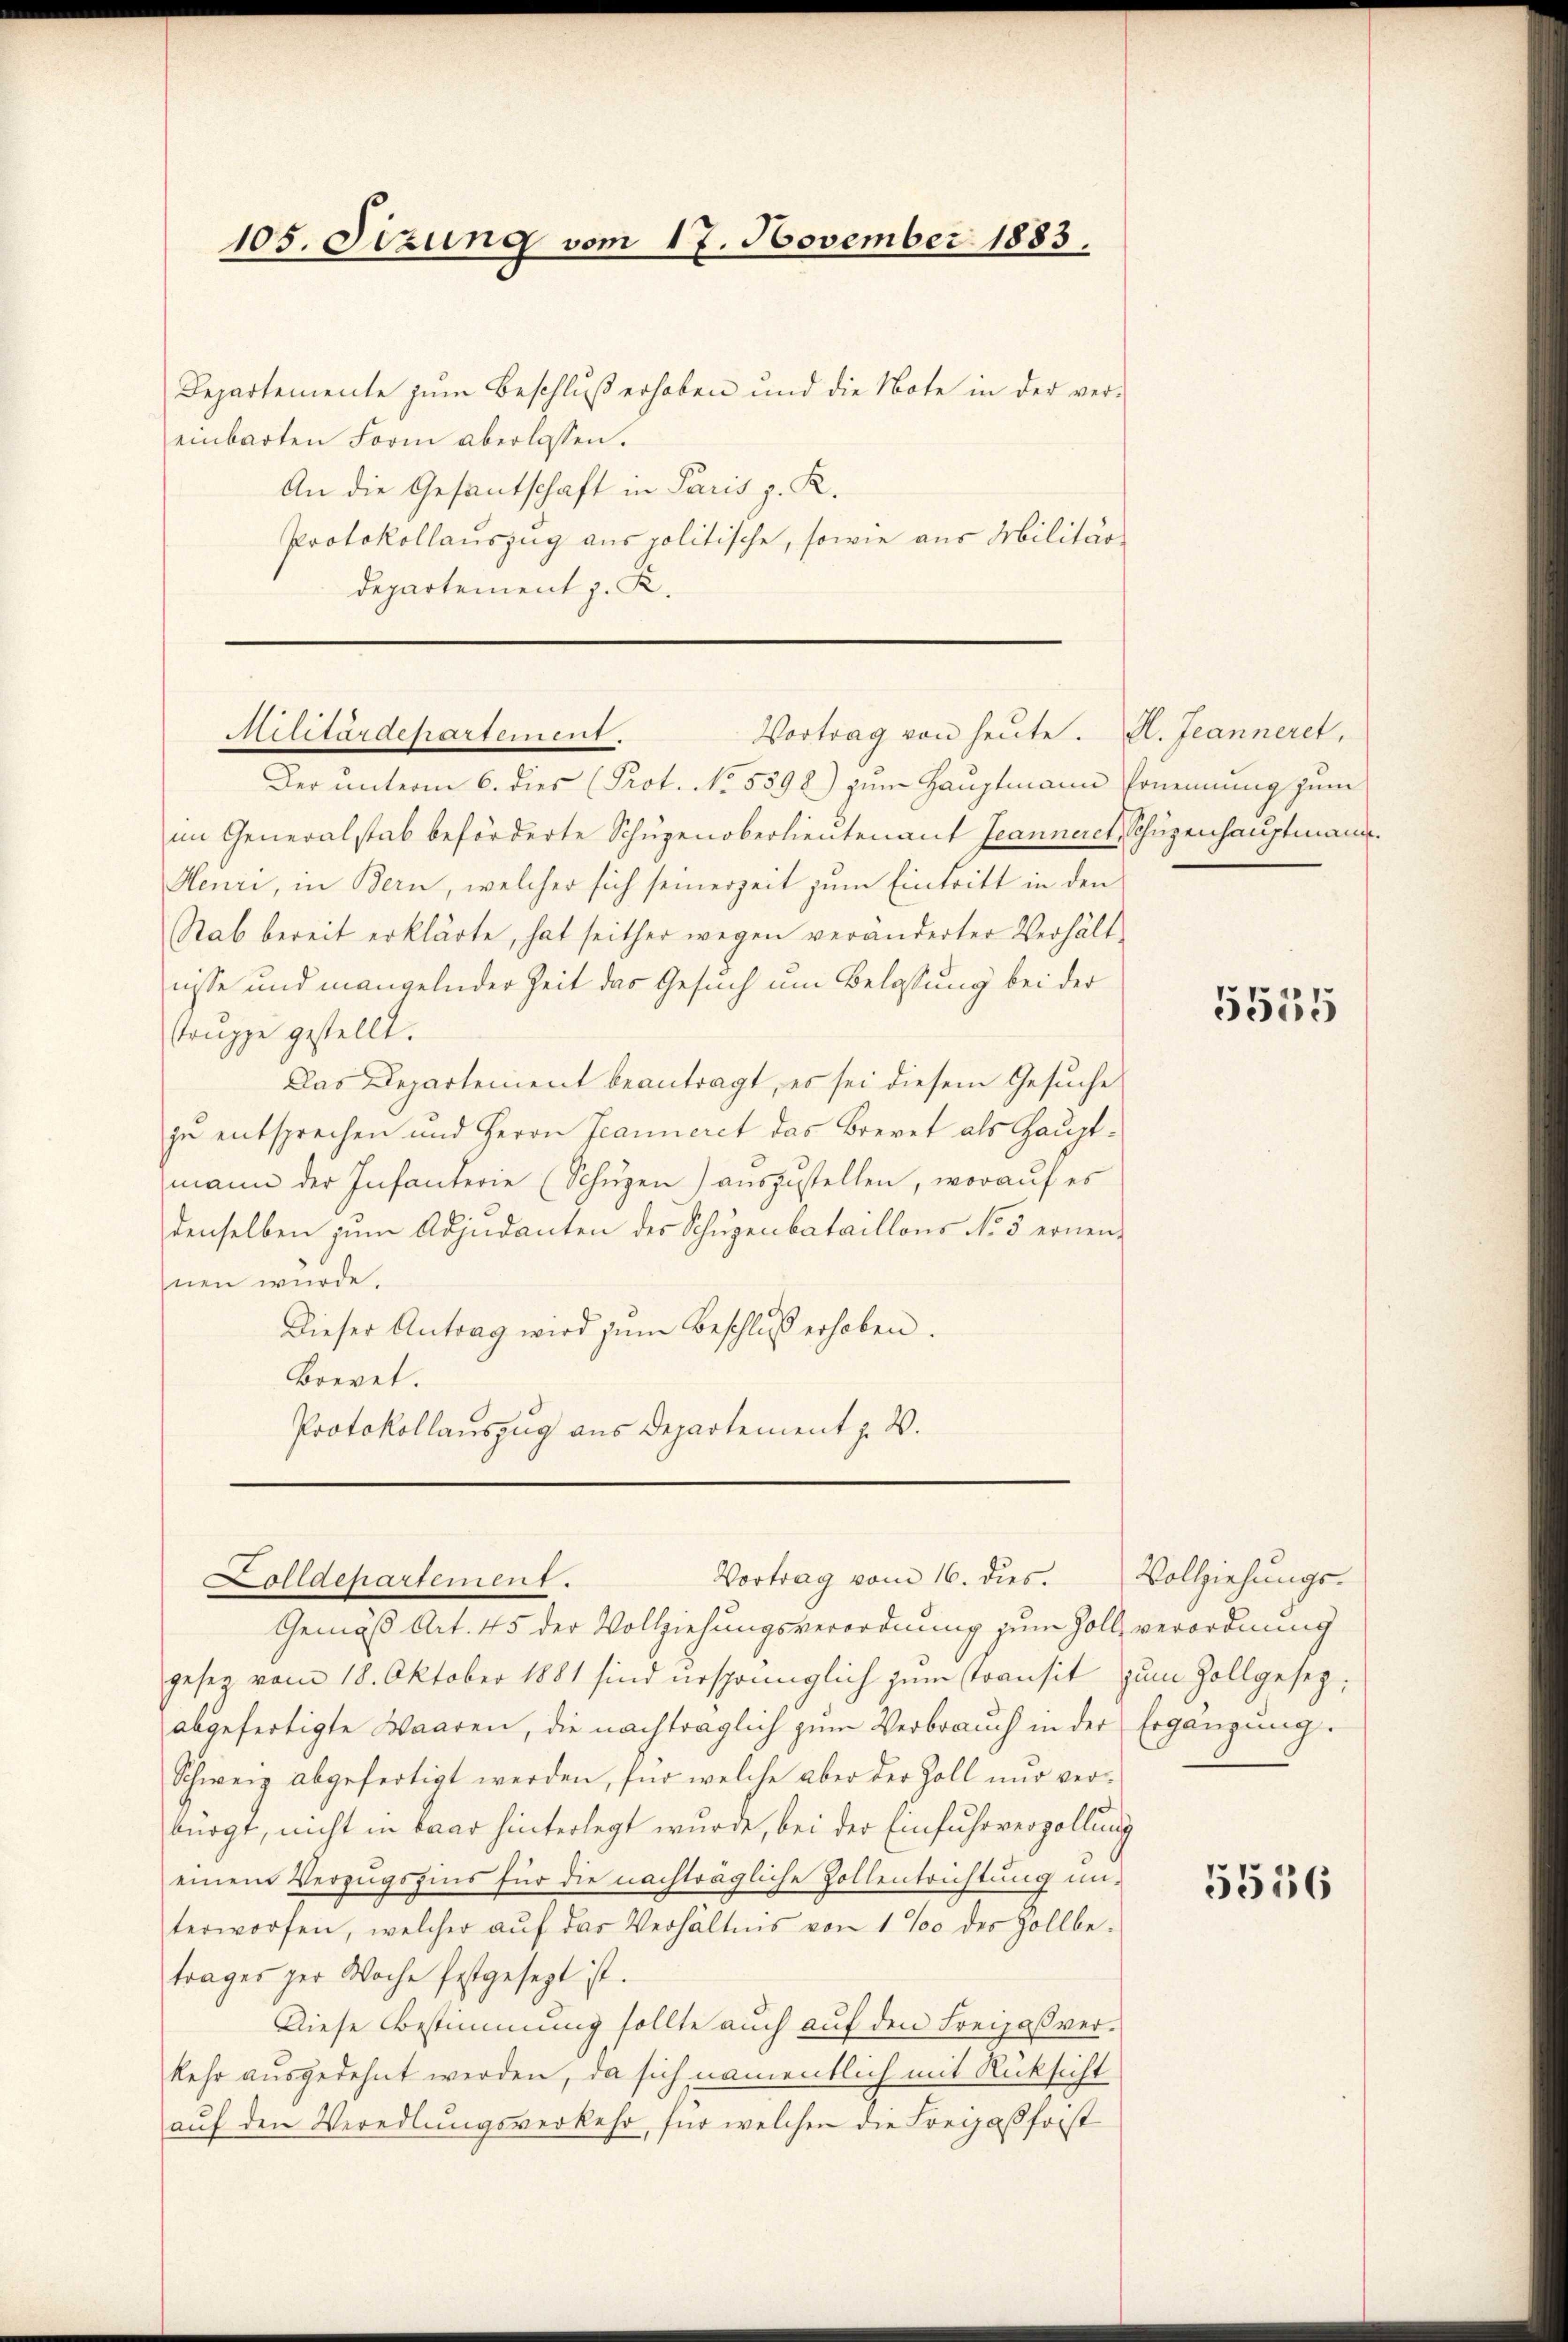
105. Sizung vom 17. November 1883.

Departemente zŭm Beschlŭβ erhoben und die Note in der ver-
einbarten Form aberlassen.
An die Gesantschaft in Paris z. R.
Protokollauszug aus politische, sowie aus Militär¬
Departement J. K.

Militärdepartement.
Vortrag von heute. H. Jeanneret,

Der unterm 6. dies (Prot. No. 5398) zum Hauptmann Ernennung zum
im Generalstab beförderte Schupenoberlieutenant Jeanneret, Schüzenhauptmann.
Meuri, in Bern, welcher sich seinerzeit zum Eintritt in den
Stab bereit erklärte, hat seither wegen veränderter Verhält-
nisse und mangelnder Zeit das Gesuch um Belassung bei der
truppe gestellt.
Das Departement beantragt, es sei diesem Gesuche
zu entsprechen und Herrn Jeanneret das Brevet als Hauptmann der Infanterie (Schüzen) auszustellen, worauf es
denselben zum Adjudanten des Schugenbataillons No 5 ernennen würde.
Dieser Antrag wird zum Beschluß erhoben.
Boevet.
Protokollauszug aus Departement z. B.

Vortrag vom 16. dies Vollziehungs-
olldepartement.

Gemäß Art. 45 der Vollziehungsverordnung zum Zoll verordnung
gesez vom 18. Oktober 1881 sind ursprünglich zum transit zum Zollgesezabgefertigte Waaren, die nachträglich zum Verbrauch in der Ergänzung.
Schweiz abgefertigt werden, für welche aber der Zoll nur verkürgt, nicht in baar hinterlegt wurde, bei der Einfuhrverzollung
einem Verzugszins für die nachträgliche Zollentrichtung un-
terworfen, welcher aŭf das Verhältnis von 1% des Zollbe-
trages zur Woche festgesezt ist.
Diese Bestimmung sollte auch auf den Freizaßver-
kehr ausgedehnt werden, da sich namentlich mit Rücksicht
aŭf den Veredlŭngsverkehr, für welchen die Freizasfrist

5555

5556